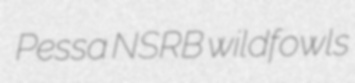
Pessa NSRB wildfowls